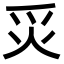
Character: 𬉿